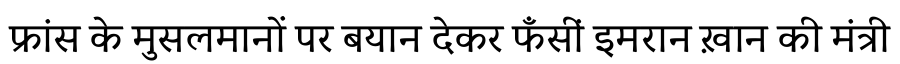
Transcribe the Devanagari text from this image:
फ्रांस के मुसलमानों पर बयान देकर फँसीं इमरान ख़ान की मंत्री